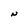
Character: N